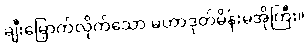
ချီးမြှောက်လိုက်သော မဟာဒုတ်မိန်းမအိုကြီး။